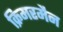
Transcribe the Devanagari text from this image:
क्रिमरमैन